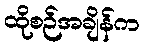
ထိုစဉ်အချိန်က